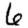
Digit: 6